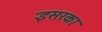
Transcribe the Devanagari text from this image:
इसरका